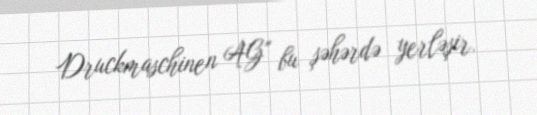
Druckmaschinen AG" bu şəhərdə yerləşir.